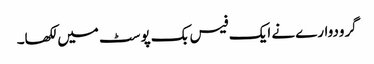
گرودوارے نے ایک فیس بک پوسٹ میں لکھا۔